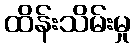
ထိန်းသိမ်းမှု